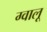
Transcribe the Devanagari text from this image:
ग्वालू